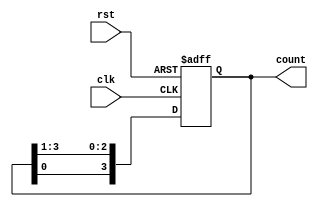
module ringcounter_1 #(parameter WIDTH=4)(
    input clk,rst,
    output reg [(WIDTH-1):0]count
);
reg tmp;
always @(posedge clk or posedge rst) 
begin
    if (rst) 
    begin
        count=1;
    end
    else begin
        tmp=count[0];
        count=count>>1;
        count[WIDTH-1]=tmp;

    end
end
endmodule

module ringcounter_1_tb;
wire [3:0]COUNT;
reg CLK,RST;

ringcounter_1 dut(.clk(CLK), .rst(RST), .count(COUNT));

initial 
    begin
        $monitor("%t]\t COUNT=%B(%D)\t",$time,COUNT,COUNT);
        RST=1; CLK=0;
        #5 RST=0;
    end
always #5 CLK=~CLK;
endmodule